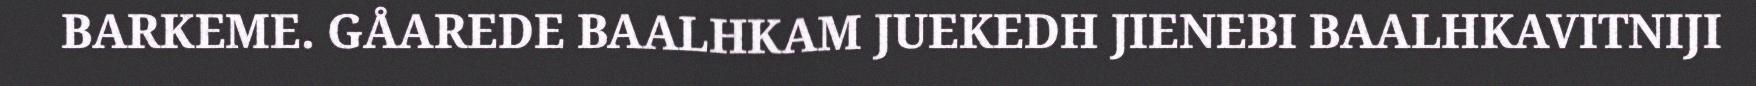
BARKEME. GÅAREDE BAALHKAM JUEKEDH JIENEBI BAALHKAVITNIJI